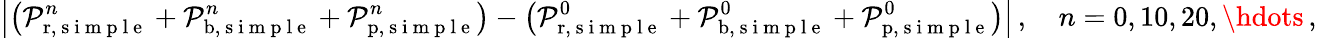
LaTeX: \left|\left(\mathcal P_{\mathrm{r},\mathrm{~s~i~m~p~l~e~}}^{n}+\mathcal P_{\mathrm{b},\mathrm{~s~i~m~p~l~e~}}^{n}+\mathcal P_{\mathrm{p},\mathrm{~s~i~m~p~l~e~}}^{n}\right)-\left(\mathcal P_{\mathrm{r},\mathrm{~s~i~m~p~l~e~}}^{0}+\mathcal P_{\mathrm{b},\mathrm{~s~i~m~p~l~e~}}^{0}+\mathcal P_{\mathrm{p},\mathrm{~s~i~m~p~l~e~}}^{0}\right)\right|\, ,\quad n=0,10,20,\hdots\, ,